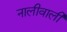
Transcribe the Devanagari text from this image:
नालीवाली